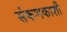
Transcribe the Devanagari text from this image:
संकणकाशी